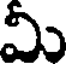
మీ